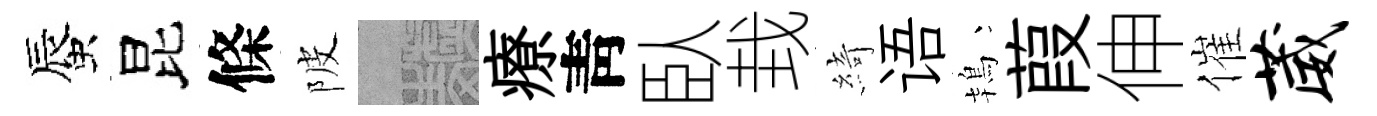
蜃昆條陂熙療靑臥㘽綺语鴇葭伸催葳